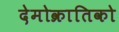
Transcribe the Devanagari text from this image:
देमोक्रातिको